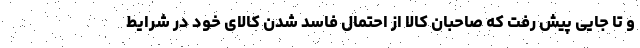
و تا جایی پیش رفت که صاحبان کالا از احتمال فاسد شدن کالای خود در شرایط